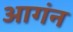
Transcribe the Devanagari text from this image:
आगंन